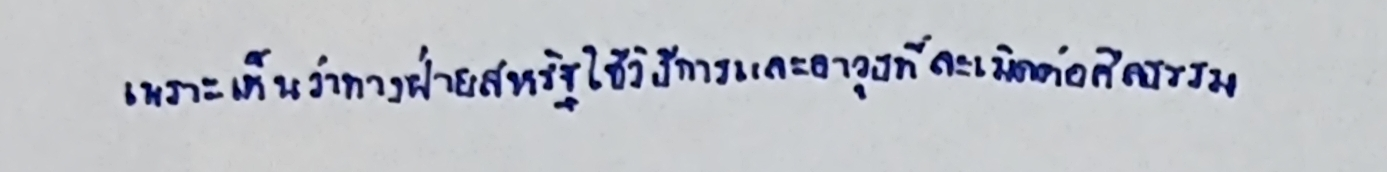
เพราะเห็นว่าทางฝ่ายสหรัฐใช้วิธีการและอาวุธที่ละเมิดต่อศีลธรรม